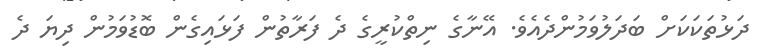
ދަޅުތަކަކަށް ބަދަލުވަމުންދެއެވެ. އޭނާގެ ނިތްކުރީގެ ދެ ފަރާތުން ފަޅައިގެން ބޮޑުވަމުން ދިޔަ ދެ